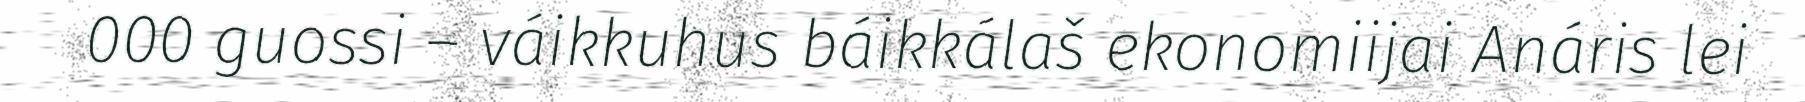
000 guossi – váikkuhus báikkálaš ekonomiijai Anáris lei